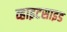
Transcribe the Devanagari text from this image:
व्हाइटसाइड